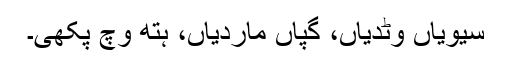
سیویاں وٹدیاں، گپاں ماردیاں، ہتھ وچ پکھی۔